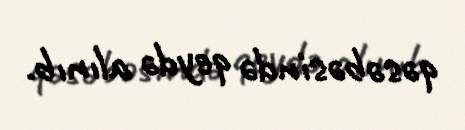
qəsəbəsində qeydə alınıb.